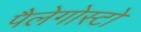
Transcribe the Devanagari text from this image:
पैलेगोस्टो